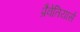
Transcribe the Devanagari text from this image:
प्रैवेतियार्स